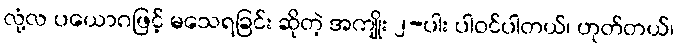
လုံ့လ ပယောဂဖြင့် မသေရခြင်း ဆိုတဲ့ အကျိုး ၂-ပါး ပါဝင်ပါတယ်၊ ဟုတ်တယ်၊